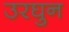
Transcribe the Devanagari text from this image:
उरघुन